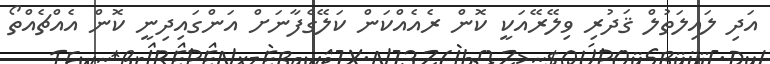
އަދި ލައިލަތުލް ޤަދުރި ވިލޭރޭއަކީ ކޮން ރެއެއްކަން ކަލޭގެފާނަށް އަންގައިދިނީ ކޮން އެއްޗެއްތޯ